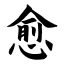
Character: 愈